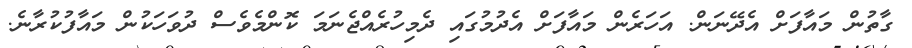
ގާތުން މައާފަށް އެދޭނަން. އަހަރެން މައާފަށް އެދުމުގައި ދެމިހުރެއްޖެނަމަ ކޮންމެވެސް ދުވަހަކުން މައާފުކުރާނެ.